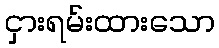
ငှားရမ်းထားသော